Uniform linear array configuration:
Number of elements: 16
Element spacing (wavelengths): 0.5
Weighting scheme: blackman
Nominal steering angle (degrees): -60
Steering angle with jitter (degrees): -59.996
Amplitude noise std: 0.05
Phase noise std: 0.05

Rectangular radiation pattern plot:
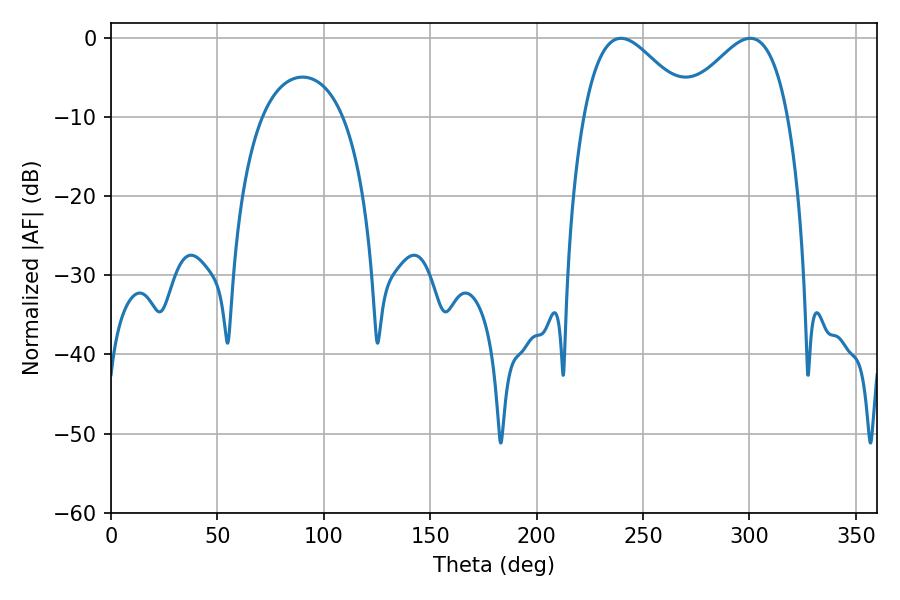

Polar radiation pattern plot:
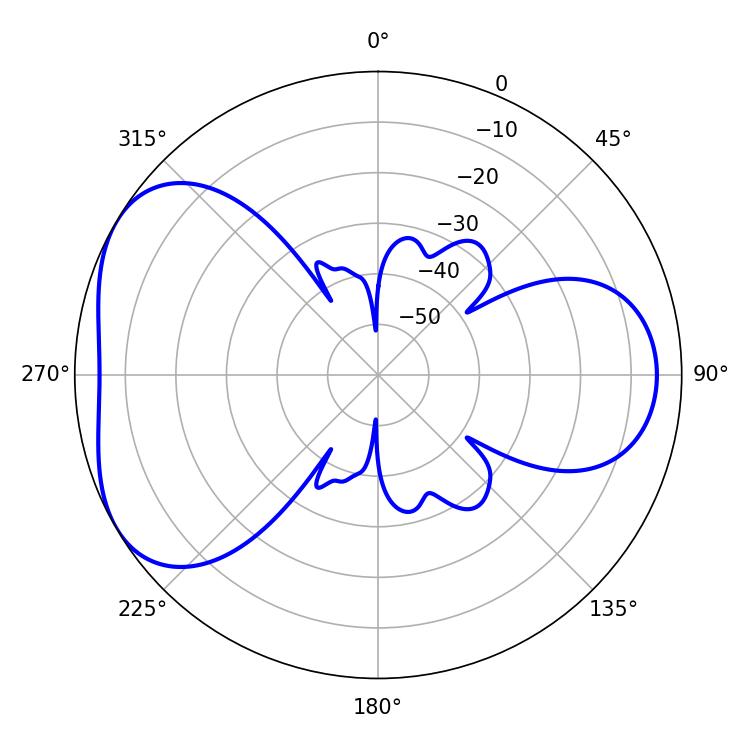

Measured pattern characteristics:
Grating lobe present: FALSE
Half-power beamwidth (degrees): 27
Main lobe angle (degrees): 239.58